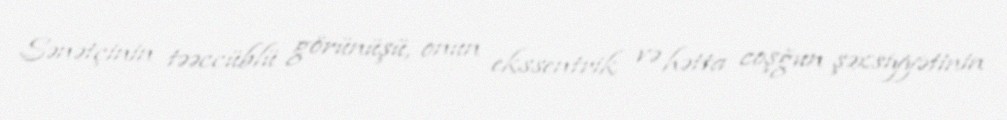
Sənətçinin təəccüblü görünüşü, onun ekssentrik və hətta coşğun şəxsiyyətinin